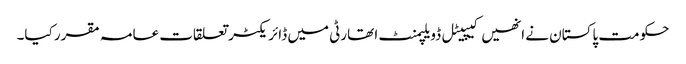
حکومت پاکستان نے انھیں کیپیٹل ڈویلپمنٹ ا تھارٹی میں ڈائریکٹر تعلقات عامہ مقرر کیا۔